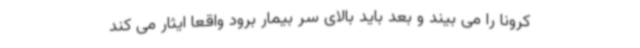
کرونا را می بیند و بعد باید بالای سر بیمار برود واقعا ایثار می کند